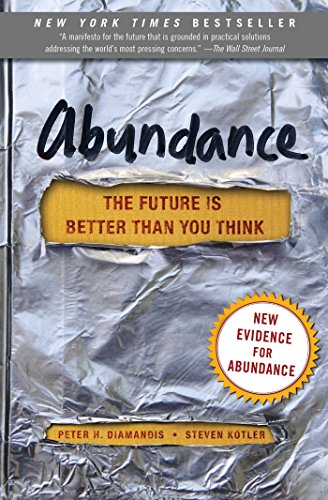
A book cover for Abundance: The Future Is Better Than You Think; Peter H. Diamandis; Engineering & Transportation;